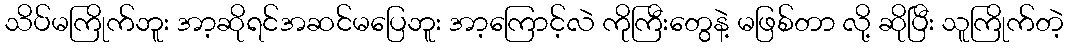
သိပ်မကြိုက်ဘူး အာ့ဆိုရင်အဆင်မပြေဘူး အာ့ကြောင့်လဲ ကိုကြီးတွေနဲ့ မဖြစ်တာ လို့ ဆိုပြီး သူကြိုက်တဲ့